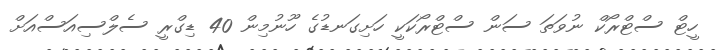
ހީޓް ސްޓްރޯކް ނުވަތަ ސަން ސްޓްރޯކަކީ ހަށިގަނޑުގެ ހޫނުމިން 40 ޑިގްރީ ސެލްސިއަސްއަށް